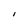
Character: I